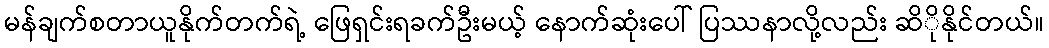
မန်ချက်စတာယူနိုက်တက်ရဲ့ ဖြေရှင်းရခက်ဦးမယ့် နောက်ဆုံးပေါ် ပြဿနာလို့လည်း ဆိိုနိုင်တယ်။